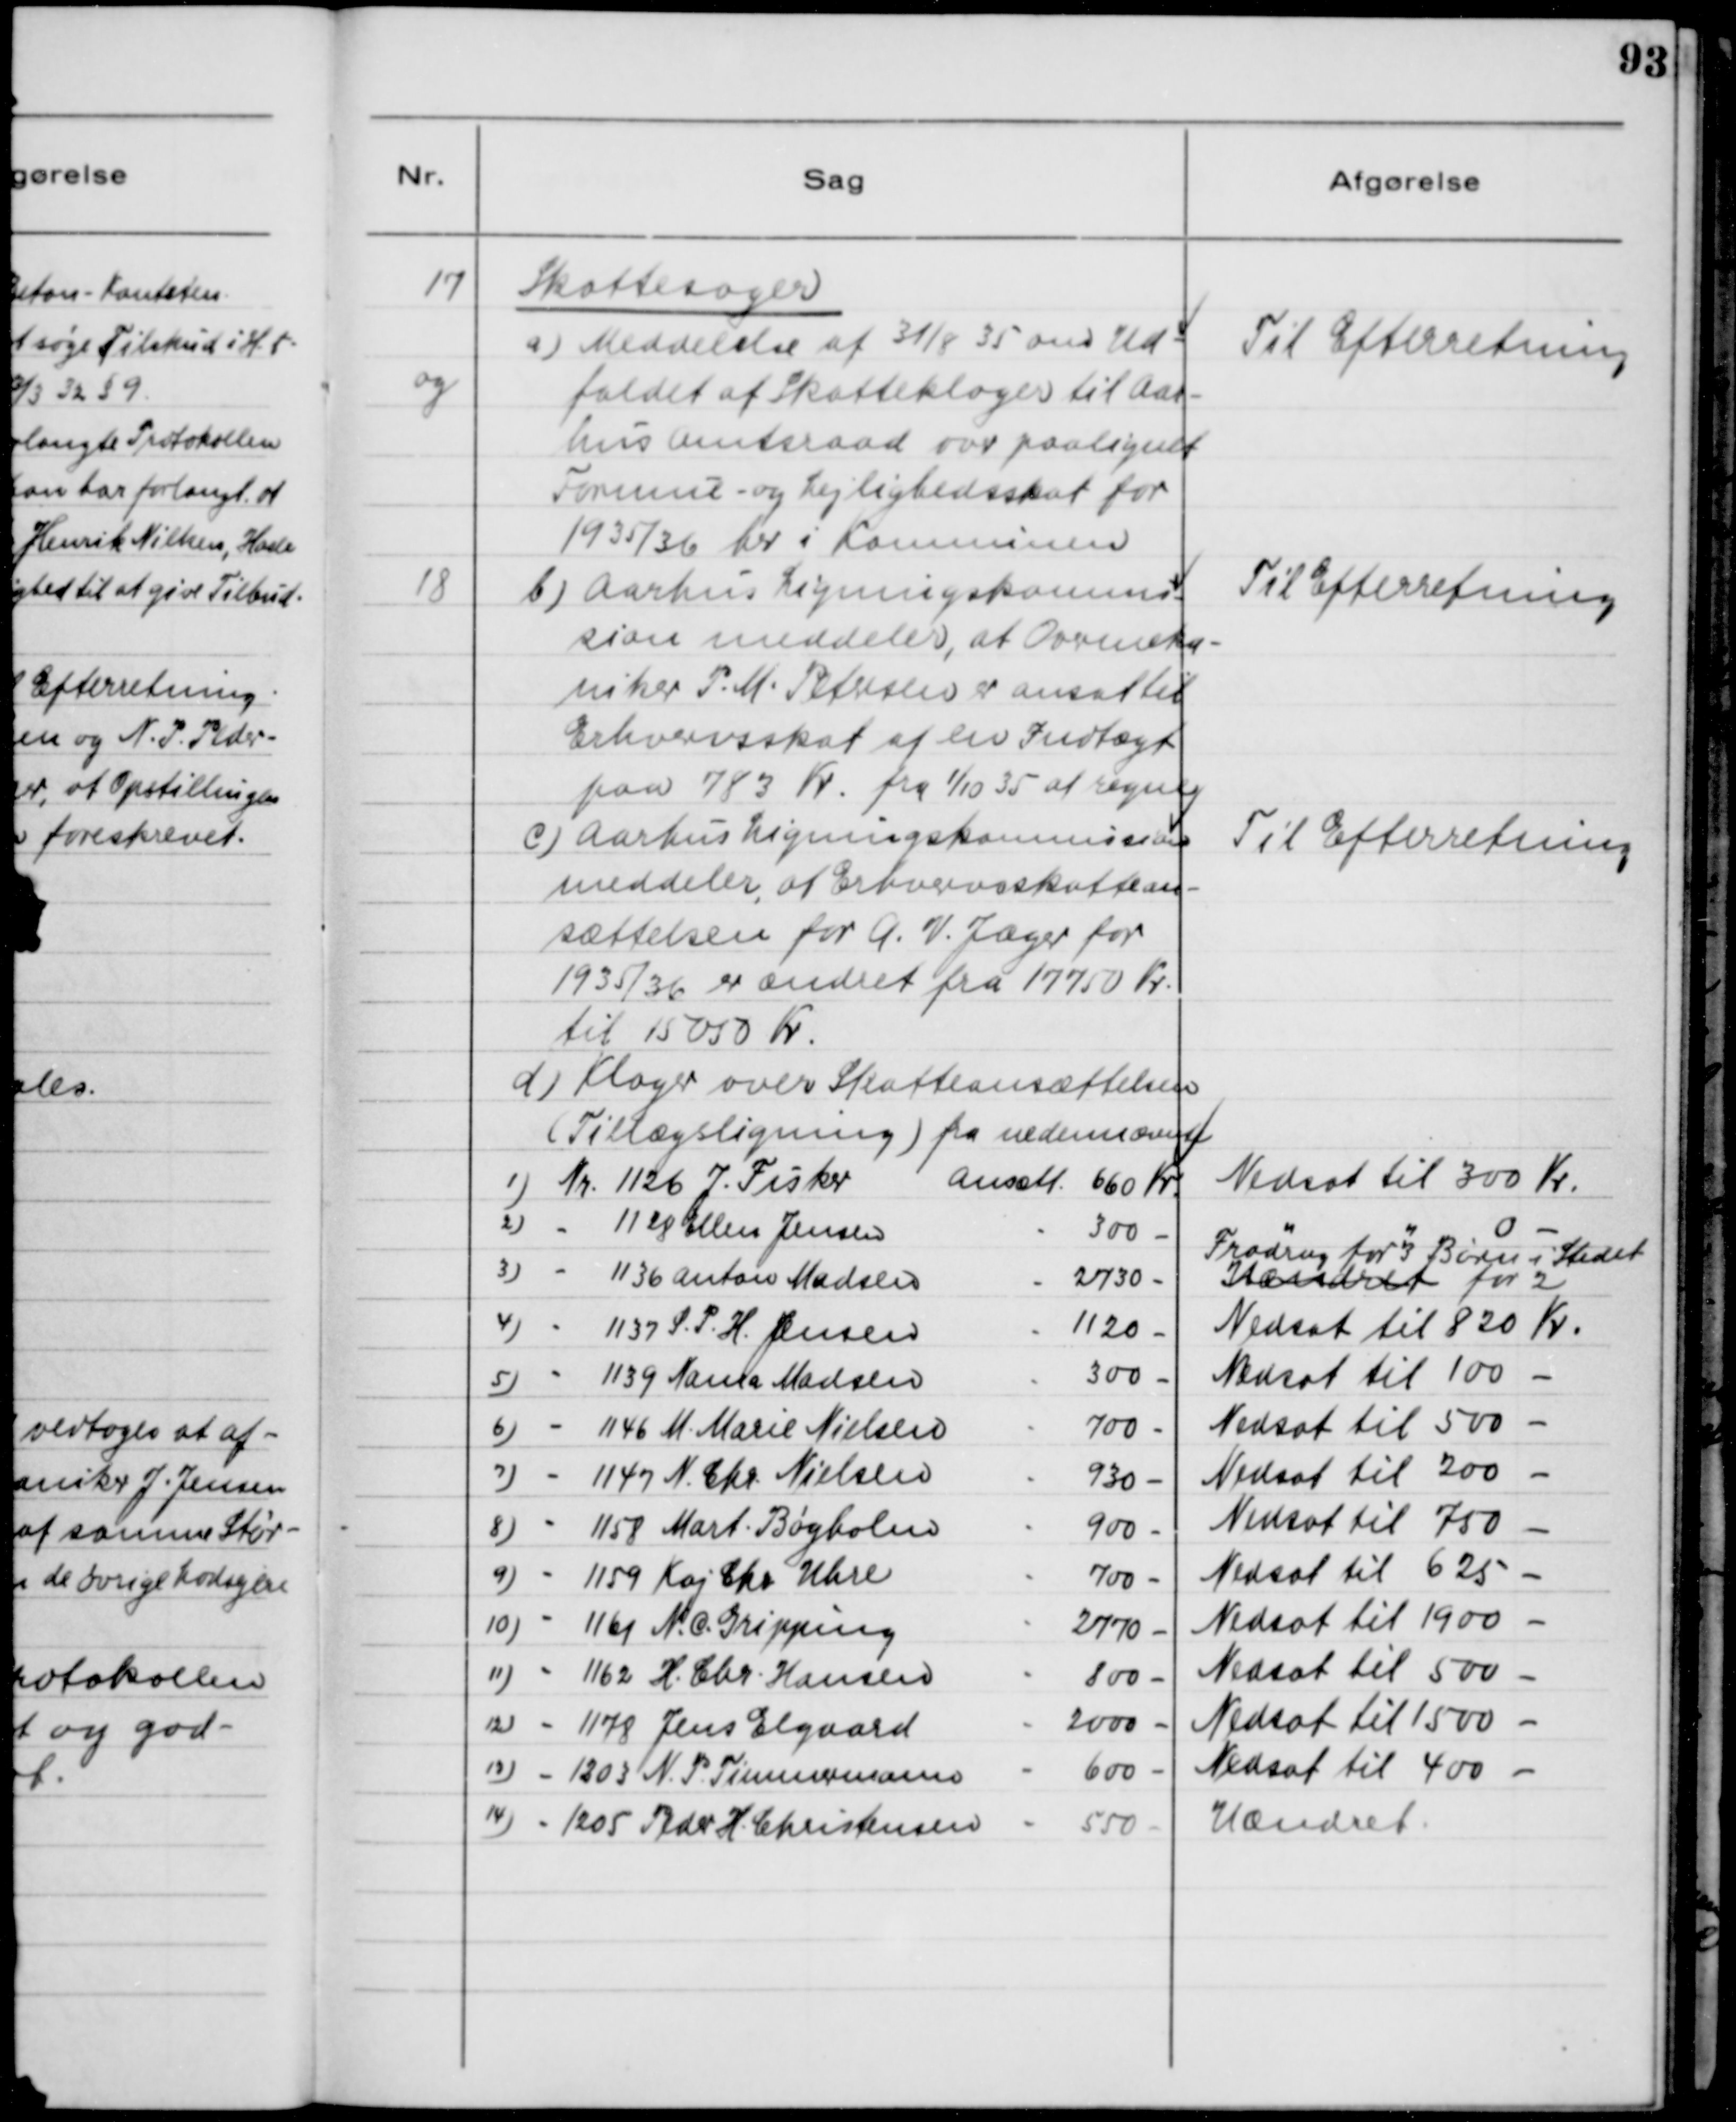
Transskription:
17 
og

Skattesager
a) Meddelelse af 31/8 35 om Ud-
faldet af Skatteklager til Aar-
hus Amtsraad over paalignet
Formue- og Lejlighedsskat for
1935/36 her i Kommunen

Til Efterretning

18

b) Aarhus Ligningskommis-
sion meddeler, at Overmeka-
niker P. M. Petersen er ansat til
Erhvervsskat af en Indtægt
paa 783 Kr. fra 1/10 35 at regne.

Til Efterretning

c) Aarhus Ligningskommission
meddeler, at Erhvervsskattean-
sættelsen for A. V. Jæger for
1935/36 er ændret fra 17750 Kr.
til 15050 Kr.

Til Efterretning

d) Klager over Skatteansættelsen 
(Tillægsligning) fra nedennmævnte: